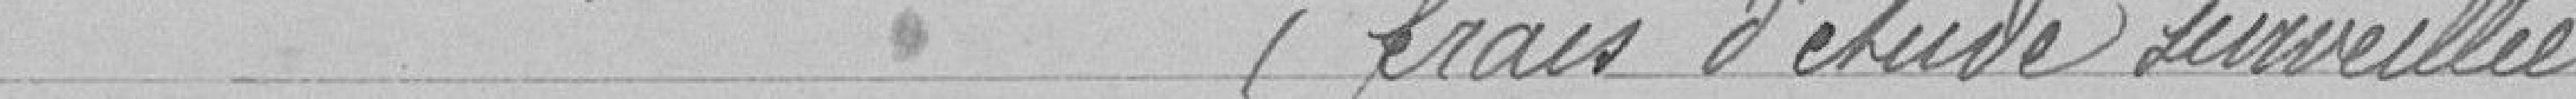
(Frais d'étude surveillée)    36 francs